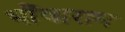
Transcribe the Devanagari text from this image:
भींवाराम